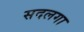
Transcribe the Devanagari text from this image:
सदलगा